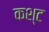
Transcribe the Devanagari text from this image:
कश्ट